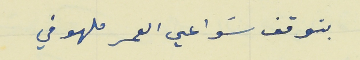
بتوقف سَواعي العمر ملهوفي